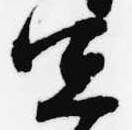
宜